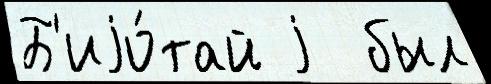
Б'иjо́тай j  был